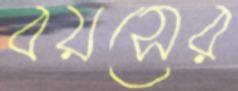
বয়সের